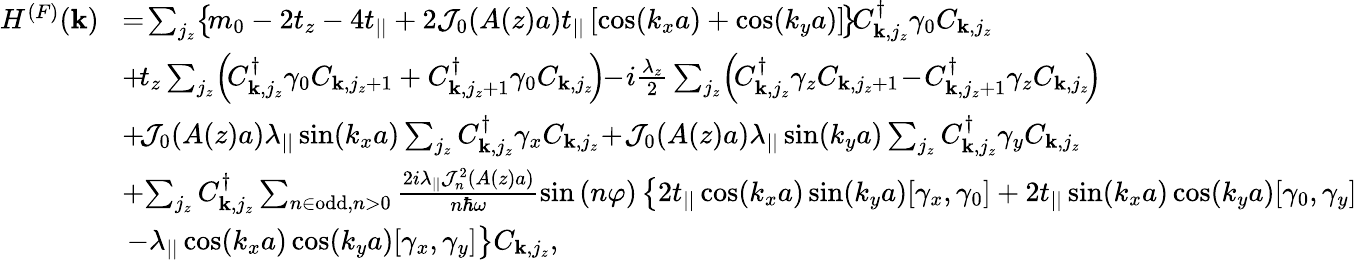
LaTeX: \begin{array}{rl}{H^{(F)}({\mathbf k})}&{\! =\! \sum_{j_{z}}\! \left\{ \! m_{0}-2t_{z}-4t_{||}+2{\cal J}_{0}(A(z)a)t_{||}\left[\cos(k_{x}a)+\cos(k_{y}a)\right]\! \right\} \! C_{{\mathbf k},j_{z}}^{\dagger}\gamma_{0}C_{{\mathbf k},j_{z}}}\\ &{\! +\! t_{z}\sum_{j_{z}}\! \left(\! C_{{\mathbf k},j_{z}}^{\dagger}\gamma_{0}C_{{\mathbf k},j_{z}+1}+C_{{\mathbf k},j_{z}+1}^{\dagger}\gamma_{0}C_{{\mathbf k},j_{z}}\! \right)\! \! -\! i\frac{\lambda_{z}}{2}\sum_{j_{z}}\! \left(\! C_{{\mathbf k},j_{z}}^{\dagger}\gamma_{z}C_{{\mathbf k},j_{z}+1}\! -\! C_{{\mathbf k},j_{z}+1}^{\dagger}\gamma_{z}C_{{\mathbf k},j_{z}}\! \right)\! }\\ &{\! +\! {\cal J}_{0}(A(z)a)\lambda_{||}\sin(k_{x}a)\sum_{j_{z}}C_{{\mathbf k},j_{z}}^{\dagger}\gamma_{x}C_{{\mathbf k},j_{z}}\! +\! {\cal J}_{0}(A(z)a)\lambda_{||}\sin(k_{y}a)\sum_{j_{z}}C_{{\mathbf k},j_{z}}^{\dagger}\gamma_{y}C_{{\mathbf k},j_{z}}}\\ &{\! +\! \sum_{j_{z}}C_{{\mathbf k},j_{z}}^{\dagger}\sum_{n\in\mathrm{odd},n>0}\frac{2i\lambda_{||}{\cal J}_{n}^{2}(A(z)a)}{n\hbar\omega}\sin\left(n\varphi\right)\left\{ 2t_{||}\cos(k_{x}a)\sin(k_{y}a)[\gamma_{x},\gamma_{0}]+2t_{||}\sin(k_{x}a)\cos(k_{y}a)[\gamma_{0},\gamma_{y}]\right.}\\ &{\left.-\lambda_{||}\cos(k_{x}a)\cos(k_{y}a)[\gamma_{x},\gamma_{y}]\right\} C_{{\mathbf k},j_{z}},}\end{array}